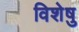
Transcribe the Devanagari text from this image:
विशेषु